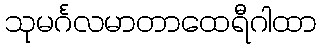
သုမင်္ဂလမာတာထေရီဂါထာ